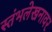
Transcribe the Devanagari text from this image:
स्तंभलेखनावर